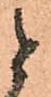
と